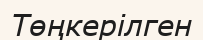
Төңкерілген